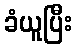
ခံယူပြီး